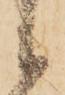
候